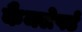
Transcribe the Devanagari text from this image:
कैमलेपर्ड